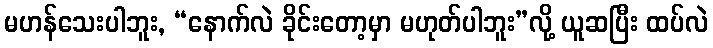
မဟန်သေးပါဘူး, “နောက်လဲ ခိုင်းတော့မှာ မဟုတ်ပါဘူး”လို့ ယူဆပြီး ထပ်လဲ